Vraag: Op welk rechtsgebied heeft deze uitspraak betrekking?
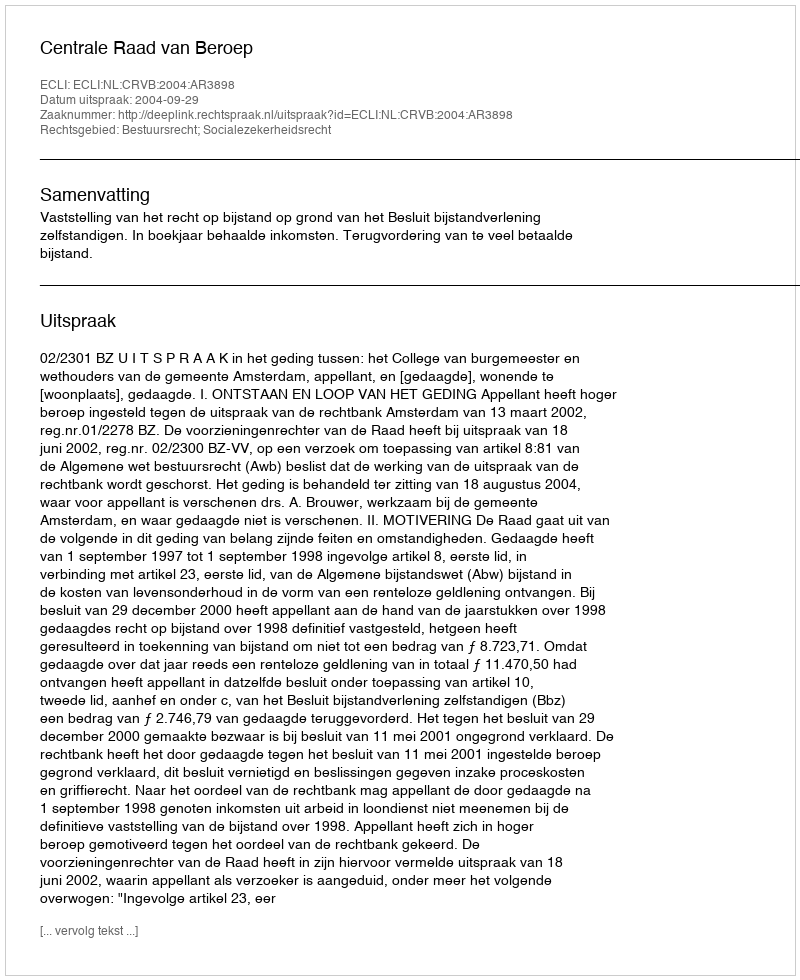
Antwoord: Bestuursrecht; Socialezekerheidsrecht